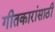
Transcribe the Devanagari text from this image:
गीतकारांसाठी